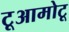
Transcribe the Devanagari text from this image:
टूआमोटू